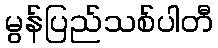
မွန်ပြည်သစ်ပါတီ